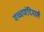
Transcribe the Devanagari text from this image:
वच्चणंदिमालै